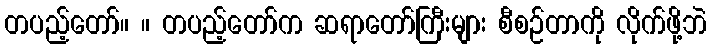
တပည့်တော်။ ။ တပည့်တော်က ဆရာတော်ကြီးများ စီစဉ်တာကို လိုက်ဖို့ဘဲ